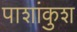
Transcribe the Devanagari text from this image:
पाशांकुश